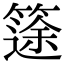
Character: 𥱻